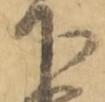
下